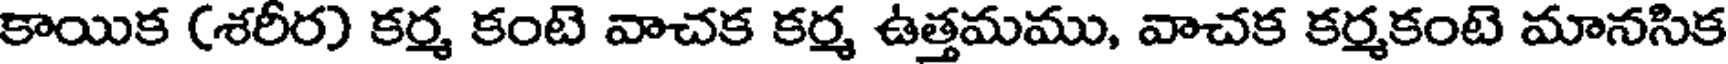
కాయిక (శరీర) కర్మ కంటె వాచక కర్మ ఉత్తమము, వాచక కర్మకంటె మానసిక